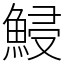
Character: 鮼